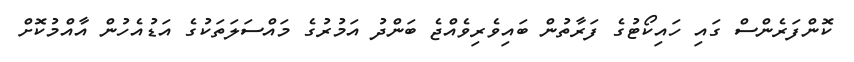
ކޮންފަރެންސް ގައި ހައިކޯޓުގެ ފަރާތުން ބައިވެރިވެއްޖެ ބަންދު އަމުރުގެ މައްސަލަތަކުގެ އަޑުއެހުން އާއްމުކޮށް